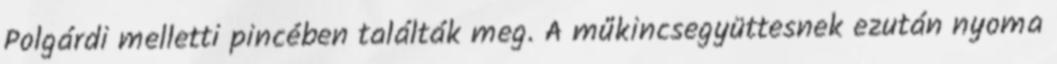
Polgárdi melletti pincében találták meg. A műkincsegyüttesnek ezután nyoma